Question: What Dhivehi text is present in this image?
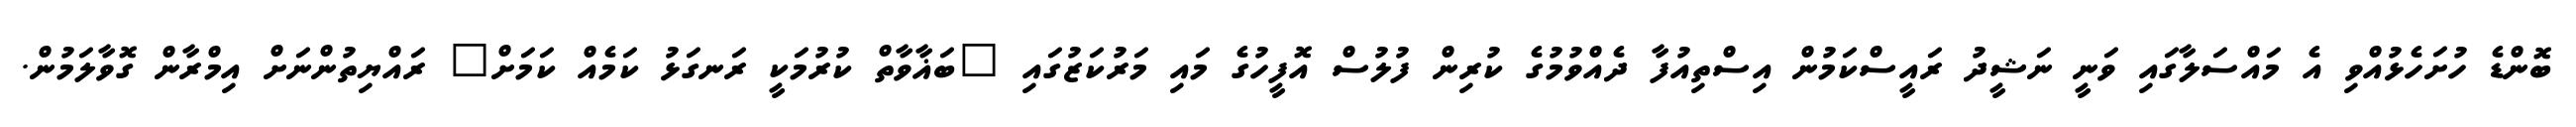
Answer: ބޮންޑެ ހުށަހެޅުއްވި އެ މައްސަލާގައި ވަނީ ނަޝީދު ރައީސްކަމުން އިސްތިއުފާ ދެއްވުމުގެ ކުރިން ފުލުސް އޮފީހުގެ މައި މަރުކަޒުގައި "ބަޣާވާތް ކުރުމަކީ ރަނގަޅު ކަމެއް ކަމަށް" ރައްޔިތުންނަށް އިމްރާން ގޮވާލަމުން.